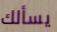
يسألك